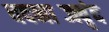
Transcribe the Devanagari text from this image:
वदनाब्जवृंद